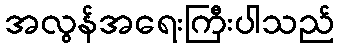
အလွန်အရေးကြီးပါသည်